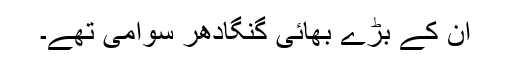
ان کے بڑے بھائی گنگادھر سوامی تھے۔